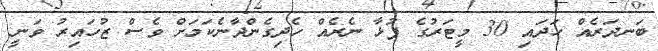
ބަނދަރެއް ހަދައި 30 މީޓަރުގެ ފުޅާ ނެރެއް ހެދިގެންދާނެކަމަށް ވެސް ޒުހައިރު ވަނީ